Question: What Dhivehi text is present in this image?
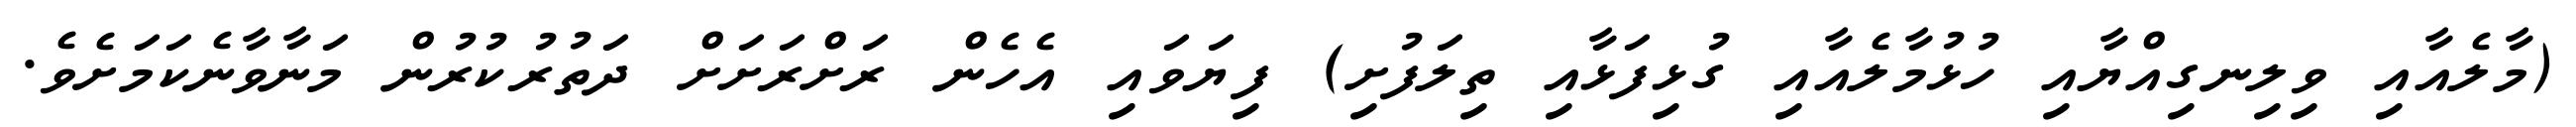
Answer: (މާލެއާއި ވިލިނގިއްޔާއި ހުޅުމާލެއާއި ގުޅިފަޅާއި ތިލަފުށި) ފިޔަވައި އެހެން ރަށްރަށަށް ދަތުރުކުރުން މަނާވާނެކަމަށެވެ.